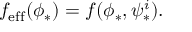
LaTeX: f _ { \mathrm { e f f } } ( \phi _ { * } ) = f ( \phi _ { * } , \psi _ { * } ^ { i } ) .